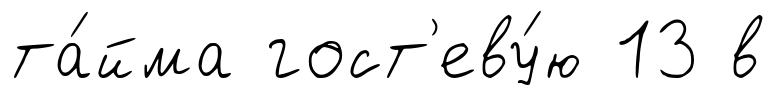
та́йма гост'еву́ю 13 в